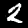
Digit: 2